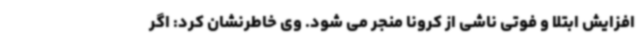
افزایش ابتلا و فوتی ناشی از کرونا منجر می شود. وی خاطرنشان کرد: اگر